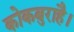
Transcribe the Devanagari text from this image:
कोकबुराहै।